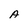
Character: A